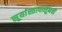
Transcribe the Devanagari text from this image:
सूर्यास्तापासूनची